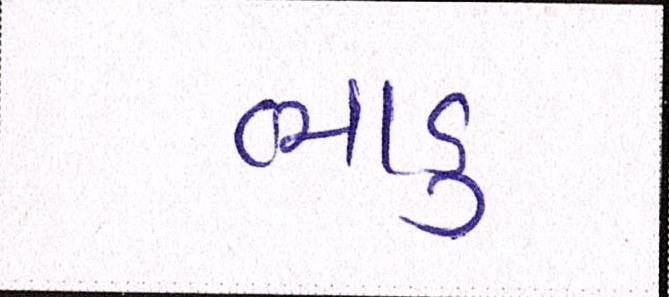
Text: ભાડુ